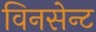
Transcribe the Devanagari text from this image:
विनसेन्ट